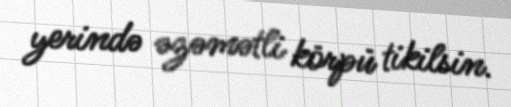
yerində əzəmətli körpü tikilsin.